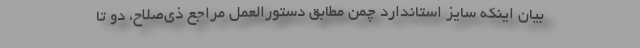
بیان اینکه سایز استاندارد چمن مطابق دستورالعمل مراجع ذی‌صلاح، دو تا